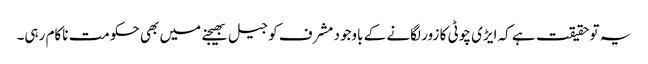
یہ تو حقیقت ہے کہ ایڑی چوٹی کا زور لگانے کے باوجود مشرف کو جیل بھیجنے میں بھی حکومت ناکام رہی۔